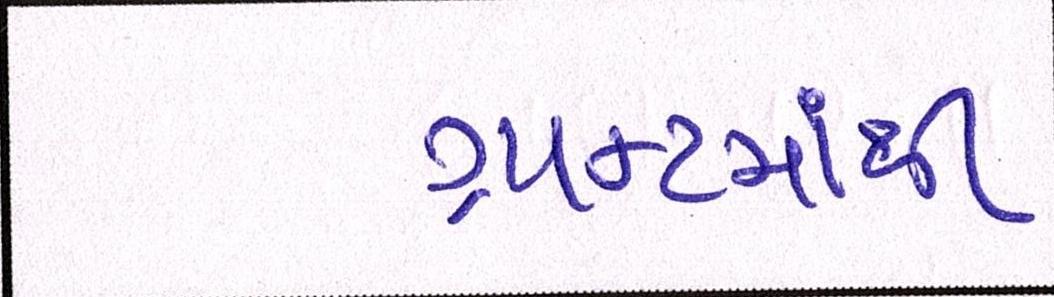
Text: ગ્રાન્ટમાંથી